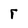
Character: r